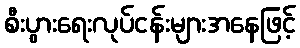
စီးပွားရေးလုပ်ငန်းများအနေဖြင့်